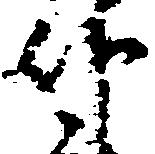
仏